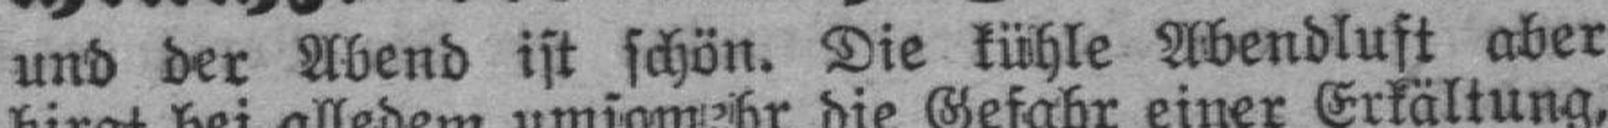
und der Abend ist schön. Die kühle Abendluft aber